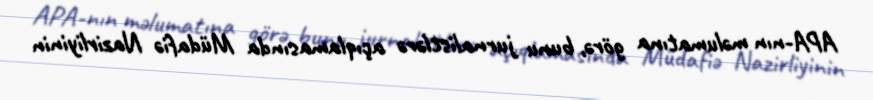
APA-nın məlumatına görə, bunu jurnalistlərə açıqlamasında Müdafiə Nazirliyinin